Aleksander_Warma, lk 26
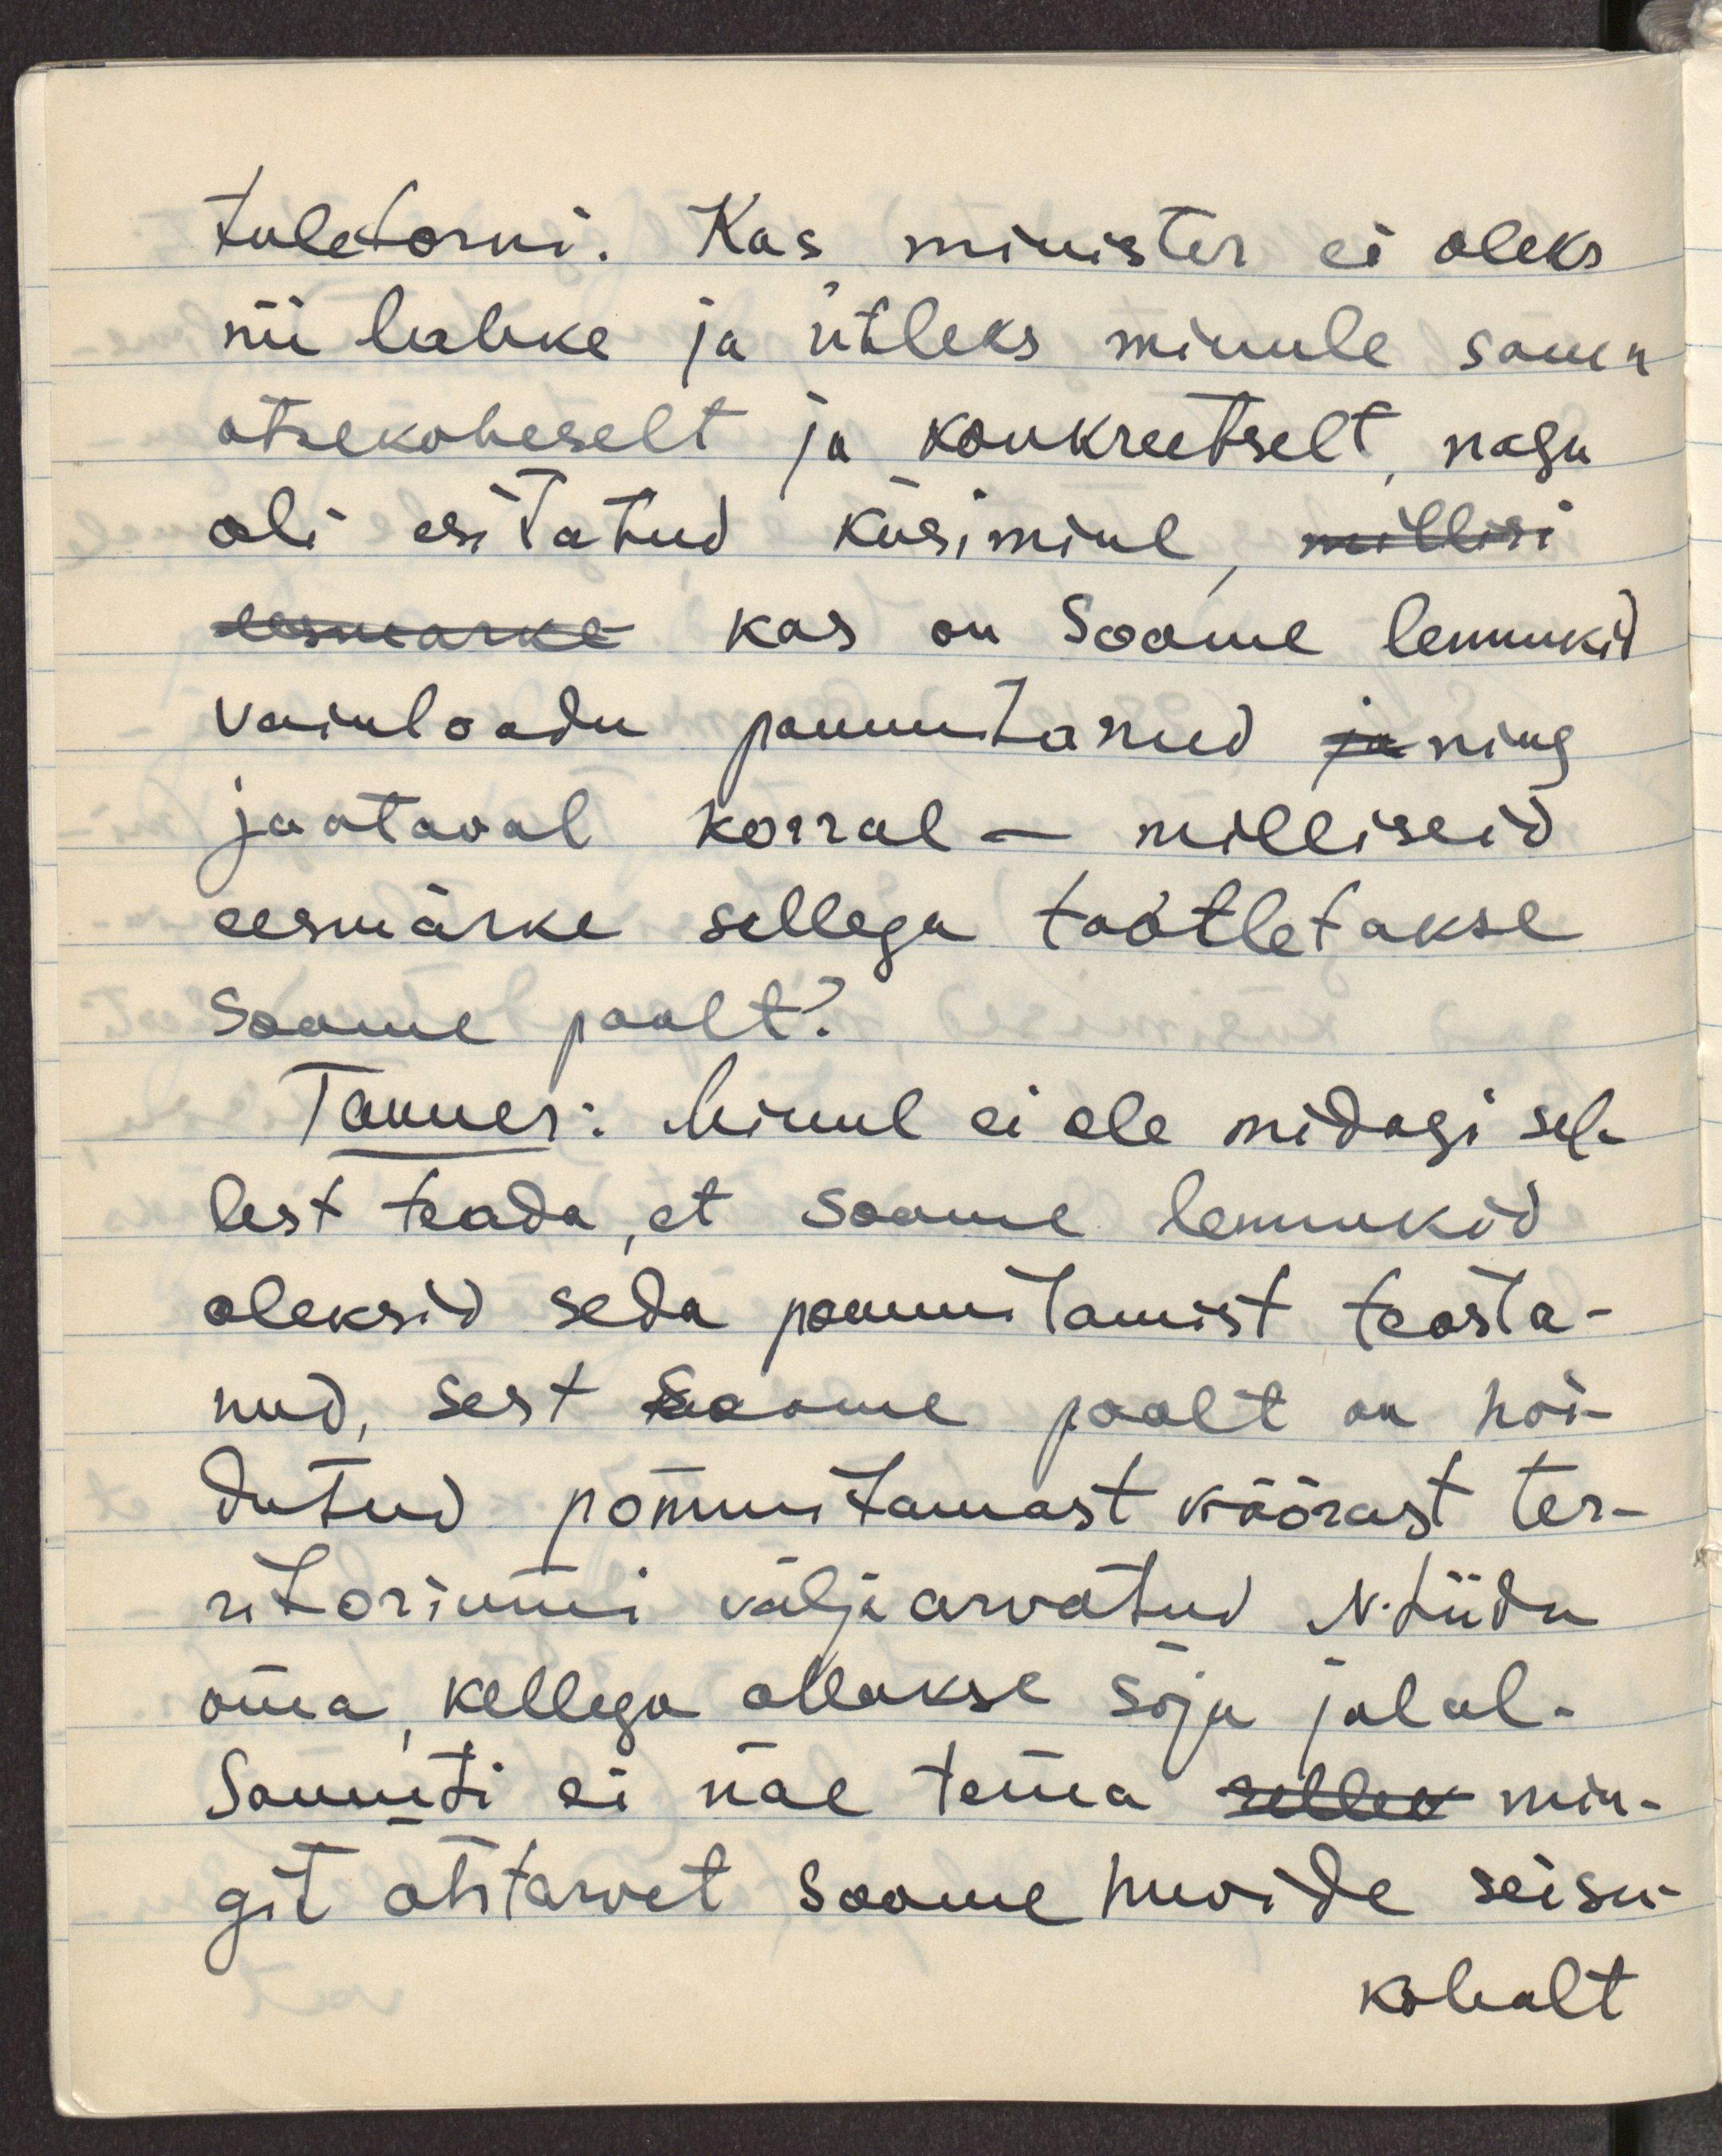
tuletorni. Kas minister ei oleks
nii lahke ja ütleks minule sama
otsekoheselt ja konkreetselt, nagu
oli esitatud küsimine, millisi
eesmarke kas on Soome lennukid
Vainuloodu pommitanud ja ning 
jaataval korral - milliseid
eesmärke sellega taotletakse
Soome poolt?
Tanner: Minul ei ole midagi sel-
lest teada, et Soome lennukid
oleksid seda pommitamist teosta-
nud, sest Soome poolt on hoi-
dutud pommitamast võõrast ter-
ritooriumi väljaarvatud N.Liidu
oma, kellega ollakse sõja jalal.
Samuti ei näe tema sellee min-
git otstarvet Soome huvide seisu-
kohalt